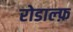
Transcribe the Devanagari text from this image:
रोडाल्फ़